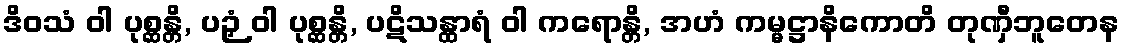
ဒိဝသံ ဝါ ပုစ္ဆန္တိ, ပဉှံ ဝါ ပုစ္ဆန္တိ, ပဋိသန္ထာရံ ဝါ ကရောန္တိ, အဟံ ကမ္မဋ္ဌာနိကောတိ တုဏှီဘူတေန